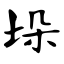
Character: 垛